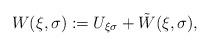
LaTeX: \begin{align*}W(\xi, \sigma) := U_{\xi\sigma} + \tilde{W}(\xi, \sigma),\end{align*}